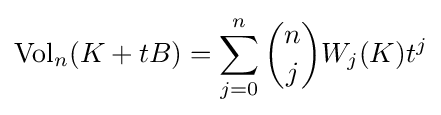
\mathrm {Vol} _{n}(K+tB)=\sum _{j=0}^{n}{\binom {n}{j}}W_{j}(K)t^{j}